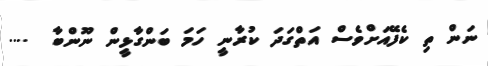
ނަން ތި ކެފޭއަށްވެސް އަތްގަދަ ކުރާނީ ހަމަ ބަންގާޅީން ނޫންބާ  ....